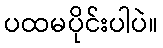
ပထမပိုင်းပါပဲ။